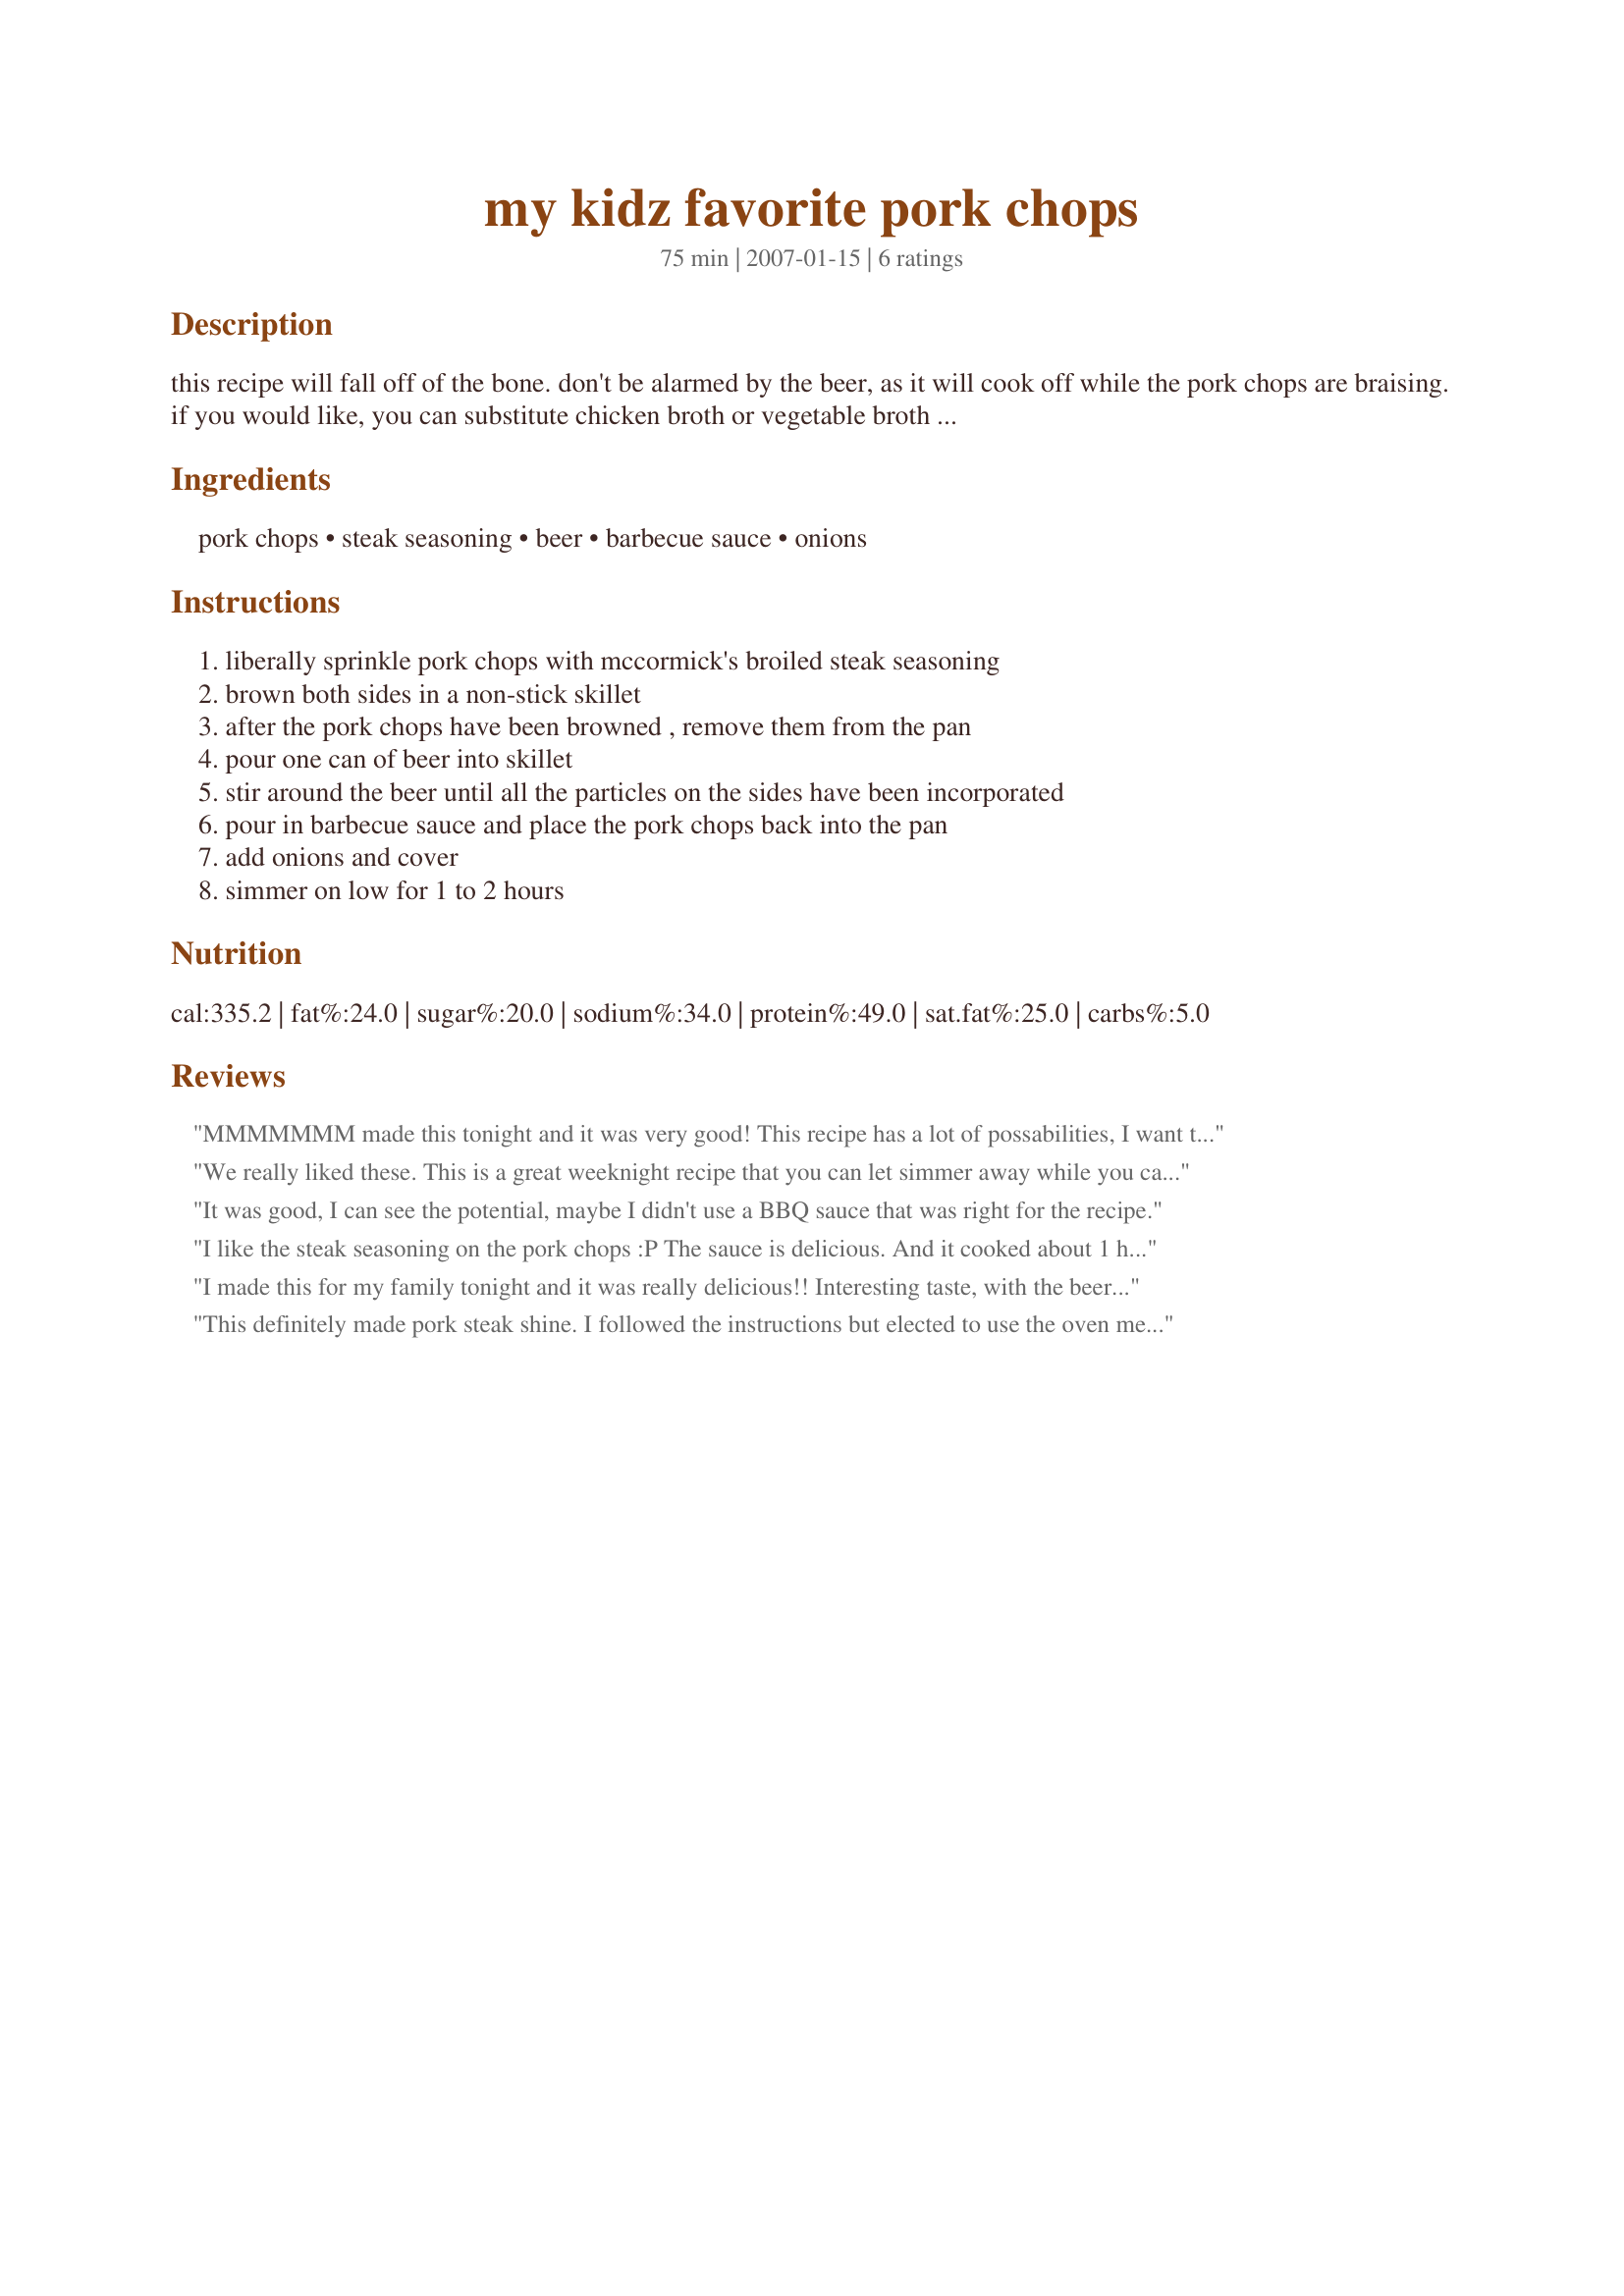
my kidz favorite pork chops
Preparation time: 75 minutes

this recipe will fall off of the bone. don't be alarmed by the beer, as it will cook off while the pork chops are braising. if you would like, you can substitute chicken broth or vegetable broth for the beer. the flavors will give you a tangy taste with not too much effort. great for unexpected guests.

i posted this recipe on another site, but i want to keep all of my recipes together in one place. you can either cook the chops on top of the range or throw them into the oven on a low temperature (about 300 degrees for 1 - 2 hours). serve with white rice.

Ingredients:
pork chops, steak seasoning, beer, barbecue sauce, onions

Steps:
liberally sprinkle pork chops with mccormick's broiled steak seasoning, brown both sides in a non-stick skillet, after the pork chops have been browned , remove them from the pan, pour one can of beer into skillet, stir around the beer until all the particles on the sides have been incorporated, pour in barbecue sauce and place the pork chops back into the pan, add onions and cover, simmer on low for 1 to 2 hours

Reviews:
MMMMMMM made this tonight and it was very good! This recipe has a lot of possabilities, I want to try it with boneless country ribs and DH wants to try it with chicken.
We really liked these. This is a great weeknight recipe that you can let simmer away while you catch up on a few things before dinner. I used a good German beer and took your suggestion on the BBQ sauce. Thanks for sharing, we enjoyed them. *Made for Fall PAC 2008*
It was good, I can see the potential, maybe I didn't use a BBQ sauce that was right for the recipe.
I like the steak seasoning on the pork chops :P The sauce is delicious. And it cooked about 1 hour. I omitted the onions. Thanks :) Made for PAC Fall 2007.
I made this for my family tonight and it was really delicious!! Interesting taste, with the beer, but it cut the bbq sauce so it wasn't too sweet or spicy. I used a dark red beer since that's what I had, and it was really good. I'll make this again!! Thanks!
This definitely made pork steak shine. I followed the instructions but elected to use the oven method suggested. I used a craft beer and a honey bbq sauce on 4 very large bone in pork steaks. They were very tender, well flavored, and enjoyed. They was a ton of tasty sauce. I would cut the sauce ingredients in half if using regular chops. Thank you for sharing the recipe.
